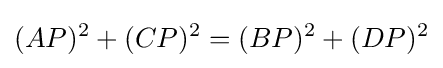
\displaystyle (AP)^{2}+(CP)^{2}=(BP)^{2}+(DP)^{2}